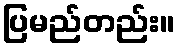
ပြမည်တည်း။